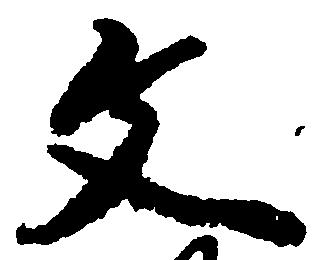
文